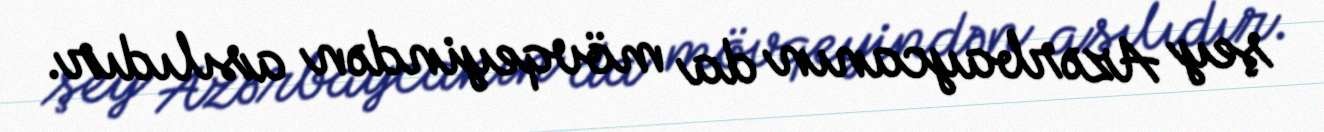
şey Azərbaycanın da mövqeyindən asılıdır.